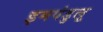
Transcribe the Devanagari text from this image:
इमपंडुलू